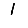
Digit: 1